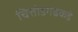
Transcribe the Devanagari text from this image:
चित्तोडगढकडे